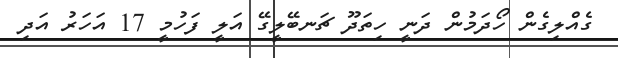
ގެއްލިގެން ހޯދަމުން ދަނީ ހިތަދޫ ޗަނބޭލީގޭ އަލީ ފަހުމީ 17 އަހަރު އަދި